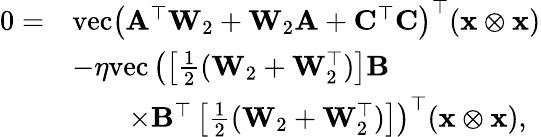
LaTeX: \begin{array}{rl}{0=}&{\mathrm{vec}\left(\mathbf{A}^{\top}\mathbf{W}_{2}+\mathbf{W}_{2}\mathbf{A}+\mathbf{C}^{\top}\mathbf{C}\right)^{\top}(\mathbf{x}\otimes\mathbf{x})}\\ &{-\eta\mathrm{vec}\left(\left[\frac{1}{2}(\mathbf{W}_{2}+\mathbf{W}_{2}^{\top})\right]\mathbf{B}\right.}\\ &{\left.\qquad{\times}\mathbf{B}^{\top}\left[\frac{1}{2}(\mathbf{W}_{2}+\mathbf{W}_{2}^{\top})\right]\right)^{\top}(\mathbf{x}\otimes\mathbf{x}),}\end{array}